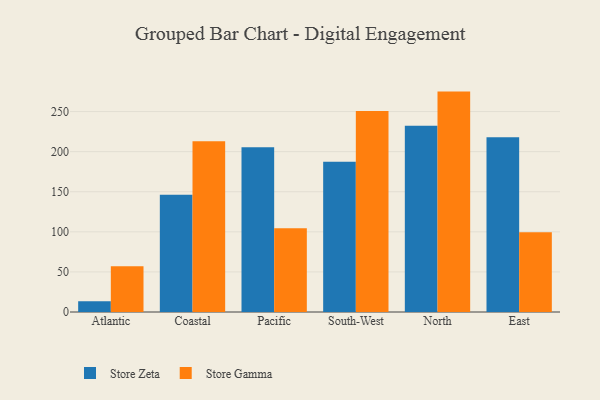
{"axis": {"x": "Region", "y": "Net Income (USD K)"}, "legend": ["Store Gamma", "Store Zeta"], "data": [{"x": "Atlantic", "y": 13.5, "type": "Store Zeta"}, {"x": "Atlantic", "y": 57.2, "type": "Store Gamma"}, {"x": "Coastal", "y": 146.2, "type": "Store Zeta"}, {"x": "Coastal", "y": 213.0, "type": "Store Gamma"}, {"x": "Pacific", "y": 205.5, "type": "Store Zeta"}, {"x": "Pacific", "y": 104.4, "type": "Store Gamma"}, {"x": "South-West", "y": 187.4, "type": "Store Zeta"}, {"x": "South-West", "y": 250.6, "type": "Store Gamma"}, {"x": "North", "y": 232.3, "type": "Store Zeta"}, {"x": "North", "y": 274.9, "type": "Store Gamma"}, {"x": "East", "y": 218.0, "type": "Store Zeta"}, {"x": "East", "y": 99.5, "type": "Store Gamma"}]}